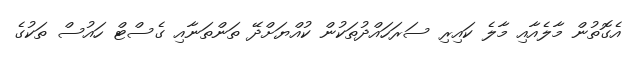
އެގޮތުން މާލެއާއި މާލެ ކައިރި ސަރަހައްދުތަކުން ކުއްޔަށްދޭ ތަންތަނާއި ގެސްޓް ހައުސް ތަކުގެ